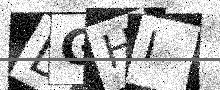
Text: DGHI